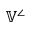
\mathbb { V } ^ { \angle }